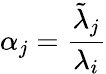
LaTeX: \alpha_{j}=\frac{\tilde{\lambda}_{j}}{\lambda_{i}}